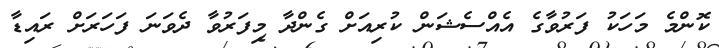
ކޮންމެ މަހަކު ފަރުވާގެ އެއްސެޝަން ކުރިއަށް ގެންދާ މިފަރުވާ ދެވަނަ ފަހަރަށް ރައިޑާ